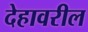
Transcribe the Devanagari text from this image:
देहावरील